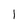
Character: 1